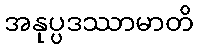
အနုပ္ပဒဿာမာတိ